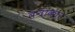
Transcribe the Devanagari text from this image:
बनाकार